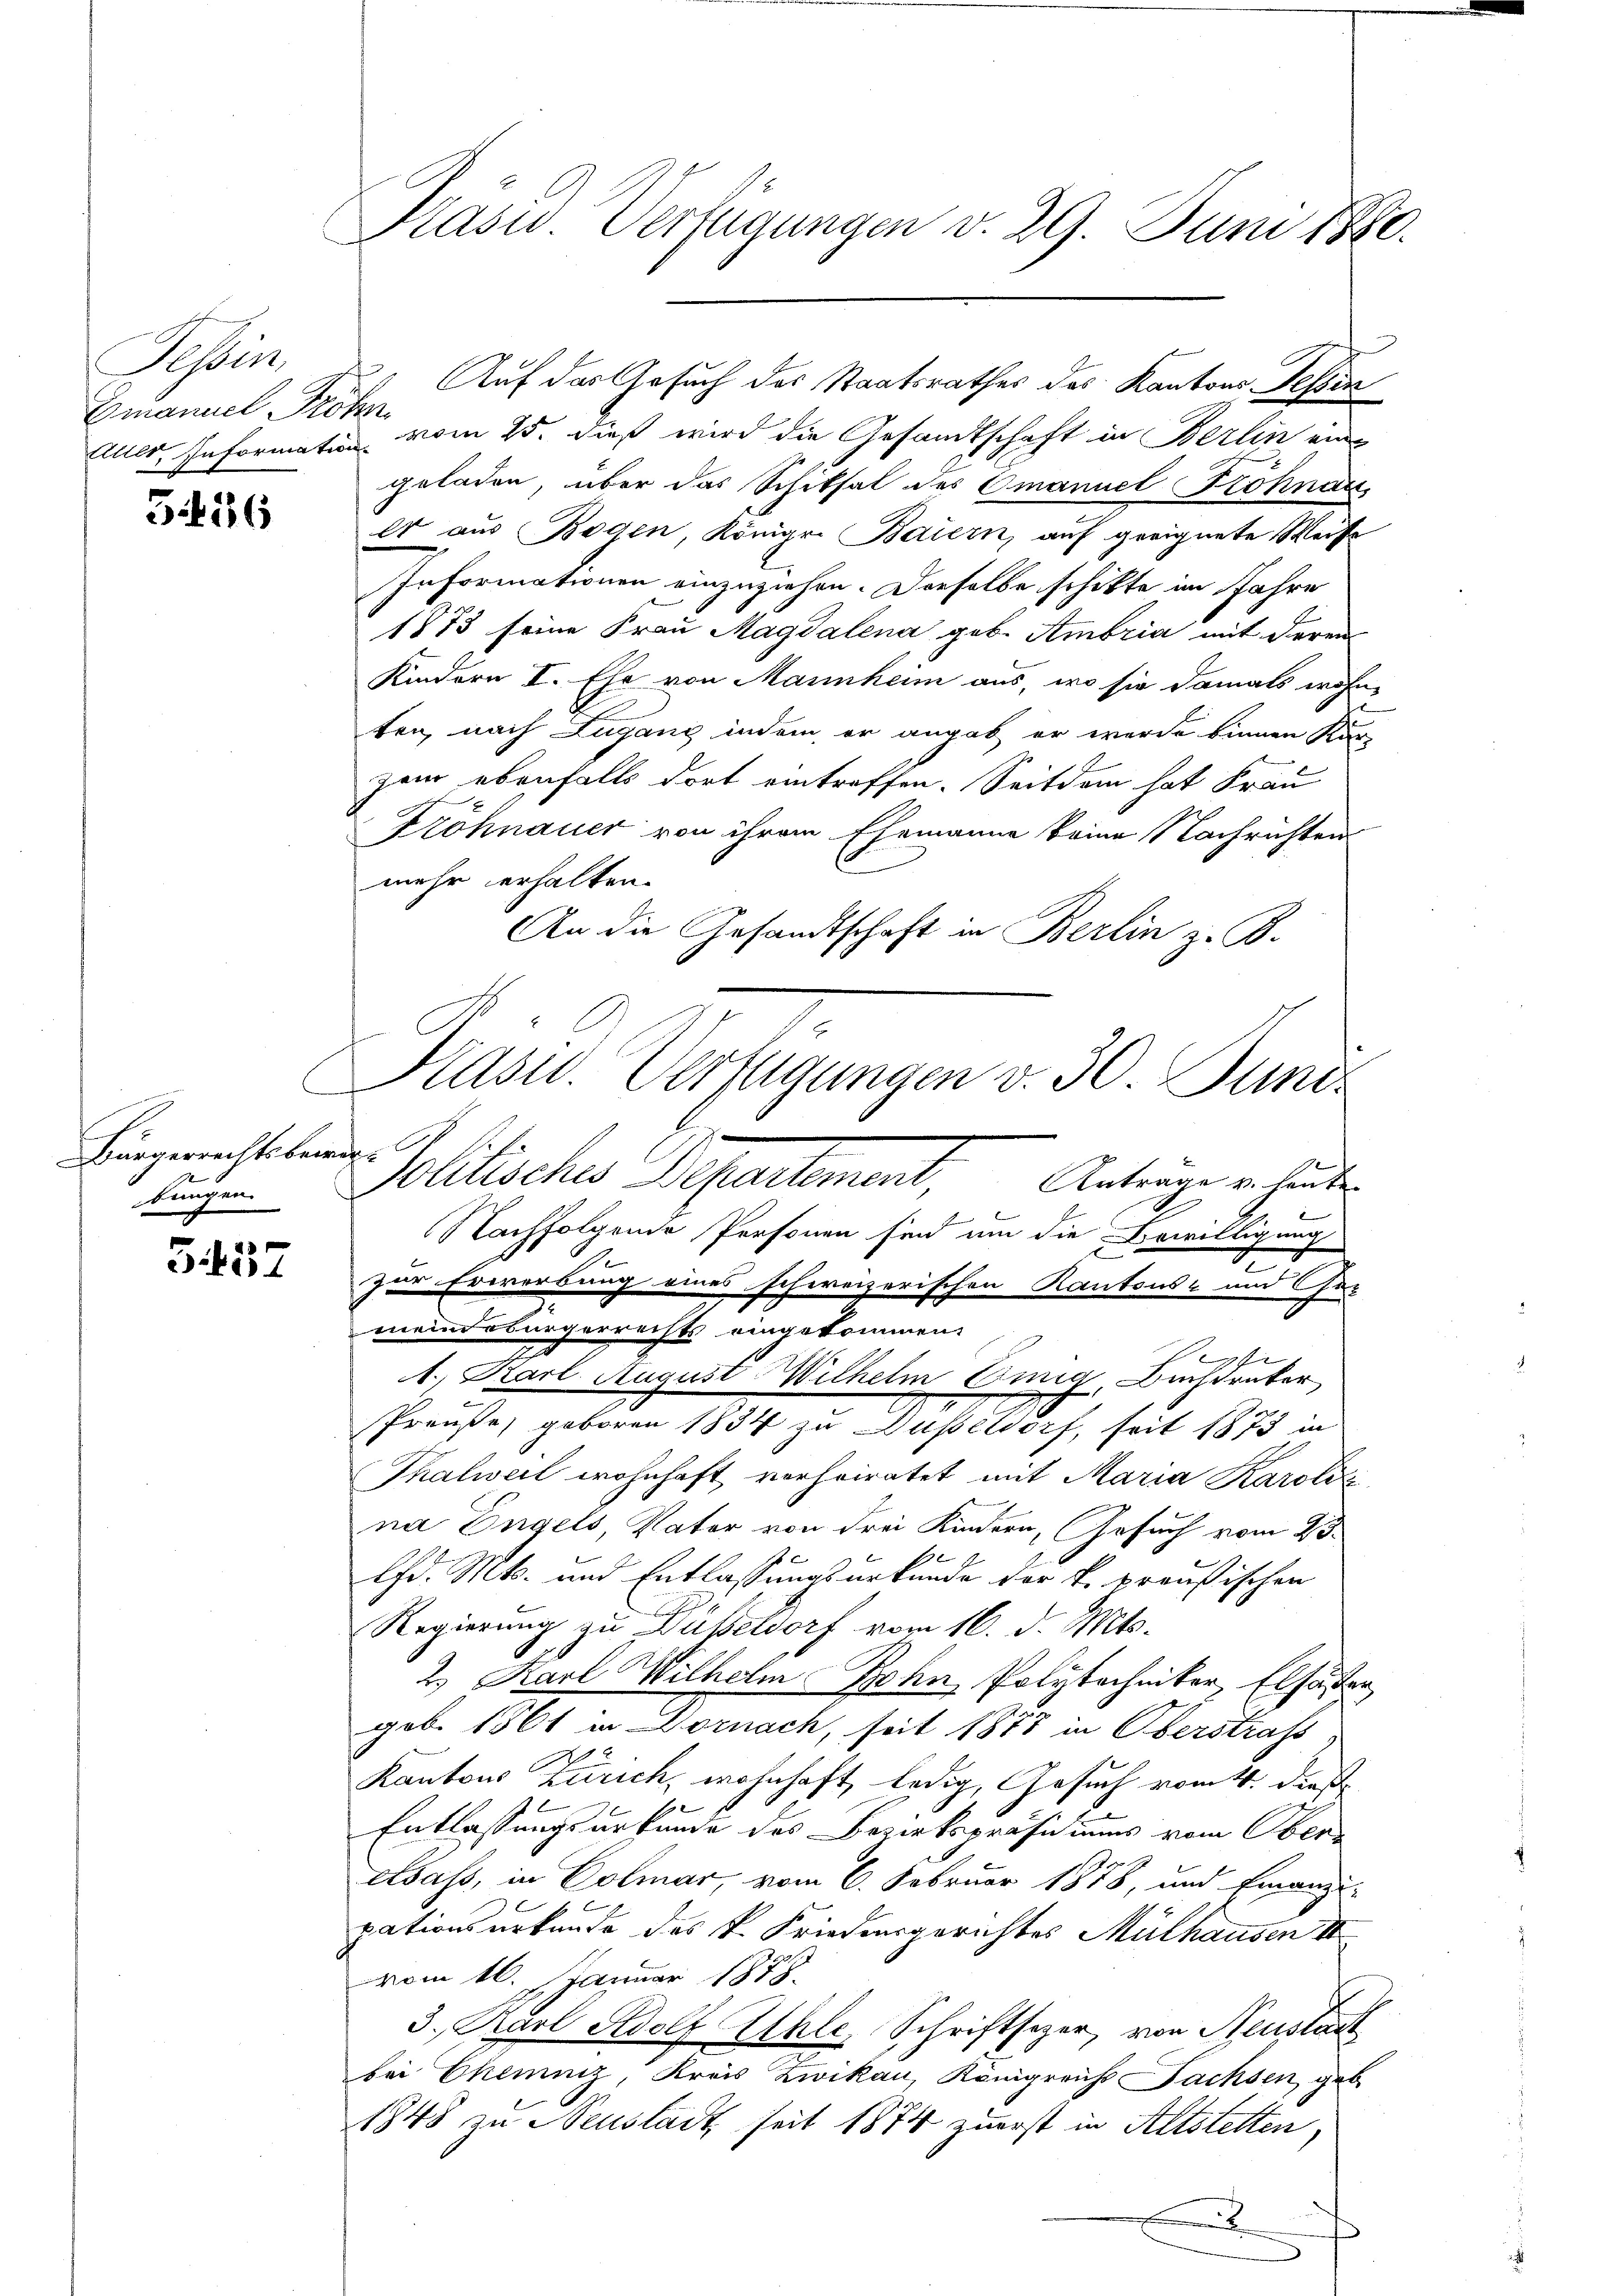
Tessin,
Emanuel Fröhn

526

f
Bürgerrechtsbewegbungen.

1
327.

Präsid. Verfügungen v. 29. Juni 1880.

Elter Informatin vom 15. dieß wird die Gesandtschaft in Berlin ein
geladen, über das Schiksal des Omanuel Föhnau
er aus Boden, Königr. Baiern, auf geeignete Weise
Informationen einzuziehen. Derselbe schikte im Jahre
1873 seine Frau Magdalena geb. Ambria mit deren
Kindern I. Ehe von Mannheim aus, wo sie damals wohn-
ten, nach Lugang indem er angab er wurde binnen Stun
zem ebenfalls dort eintreffen. Seitdem hat Frau
Fröhnauer von ihrem Ehemanne keine Nachrichten
mehr erhalten.
An die Gesandtschaft in Berlin z. B.
2
e
Nachfolgende Personen sind um die Bewilligung
t
zur Erwerbung eines schweizerischen Kantons- und her
meindsbürgerrechts eingekommen.
Per
1. Karl August Wilhelm Omnig, Buchsrater
Preuße, geboren 1834 zu Düßeldorf, seit 1873 in
Thalweil wohnhaft verheiratet mit Maria Karoli
na Engels, Vater von drei Kindern, Gesuch vom 23.
Chd. Mts. und Entlassungsurkunde der k. preußischen
Regierung zu Düßeldorf vom 16. d. Mts.
2.) Karl Wilhelm Bohn, Polytechniker, Elsassen
gob. 1861 in Dornach, seit 1873 in Oberstrafs
Kantons Zürich, wohnhaft, ledig, Gesuch vom 4. dieß
Entlassungsurkunde des Bezirkspräsidiums vom Oberesass, in Colmar, vom 6. Februar 1878, und Finanzi-
pationsurkunde des k. Friedergerichtes Mülhausen II
vom 16. Januar 1878.
3. Karl Adolf Ahle, Schriftsezer, von Neustatt
bei Ehenniz, Kreis Zwikau, Königreichs Sachsen, geb.
1848 zu Neustadt seit 1874 zuerst in Altstetten,
2

Prasw. Verfügungen v. 30. Juni.
Molitisches Pfarrtement,
Anträge v. heute.

Auf das Gesuch des Staatsrathes des Kantons Tessin